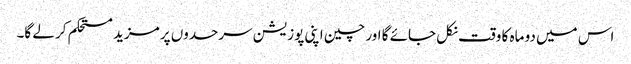
اس میں دو ماہ کا وقت نکل جائے گا اور چین اپنی پوزیشن سرحدوں پر مزید مستحکم کر لے گا۔